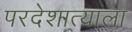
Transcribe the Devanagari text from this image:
परदेशात्याला